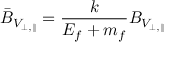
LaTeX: \bar { B } _ { V _ { \perp , \parallel } } = \frac { k } { E _ { f } + m _ { f } } B _ { V _ { \perp , \parallel } }